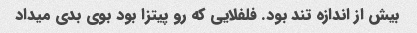
بیش از اندازه تند بود. فلفلایی که رو پیتزا بود بوی بدی میداد